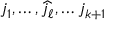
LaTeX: j _ { 1 } , \ldots , { \widehat { j _ { \ell } } } , \ldots j _ { k + 1 }